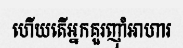
ហើយតើអ្នកគួរញ៉ាំអាហារ